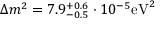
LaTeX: \Delta { m ^ { 2 } } = 7 . 9 _ { - 0 . 5 } ^ { + 0 . 6 } \cdot 1 0 ^ { - 5 } { \mathrm { e V } } ^ { 2 }